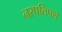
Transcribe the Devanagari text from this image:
नरपतिपथे